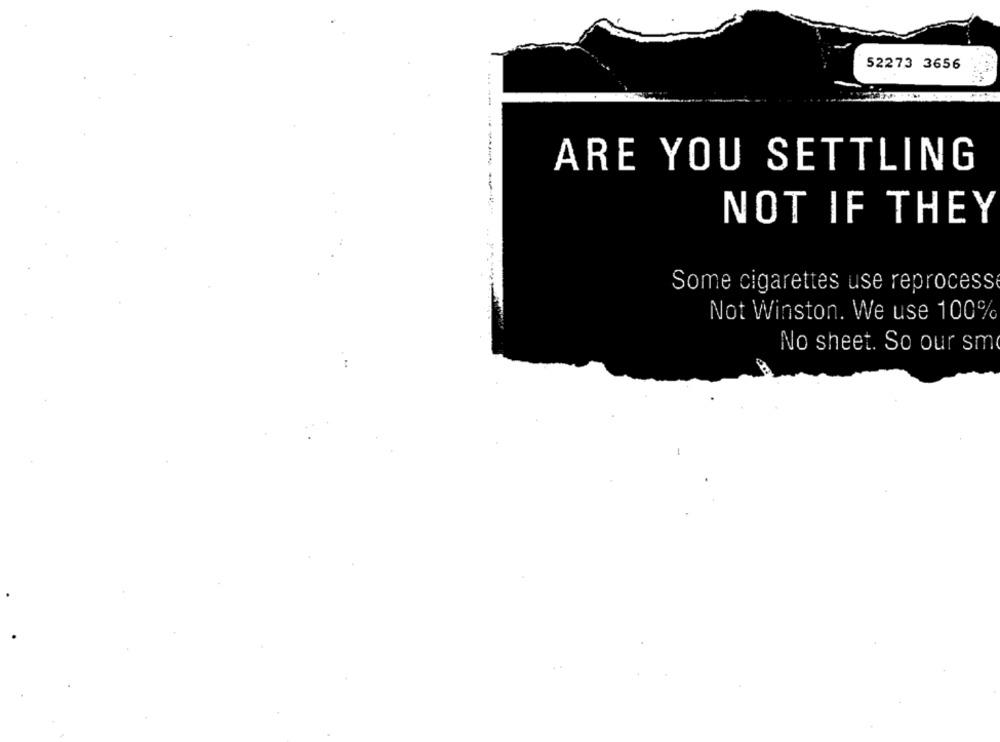
52273 3656
---- 4
ARE YOU SETTLING
NOT IF THEY
Some cigarettes use reprocess
Not Winston. We use 100%
No sheet. So our sm